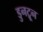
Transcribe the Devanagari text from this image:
डुनट्रून